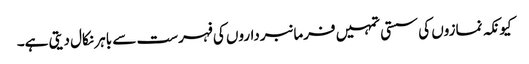
کیونکہ نمازوں کی سستی تمہیں فرمانبرداروں کی فہرست سے باہر نکال دیتی ہے۔